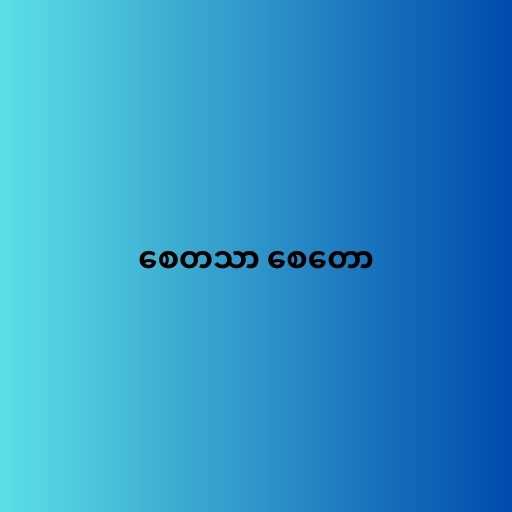
စေတသာ စေတော